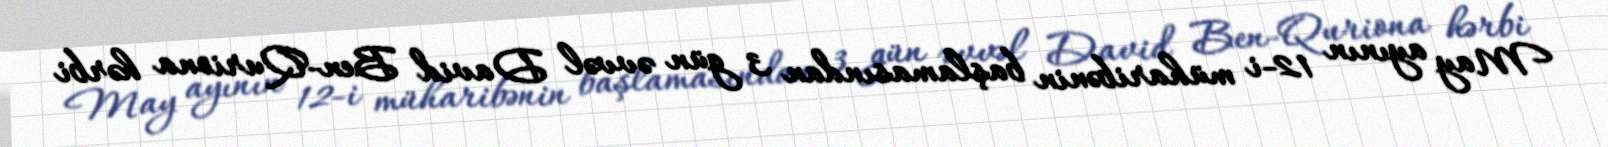
May ayının 12-i müharibənin başlamasından 3 gün əvvəl David Ben-Quriona hərbi